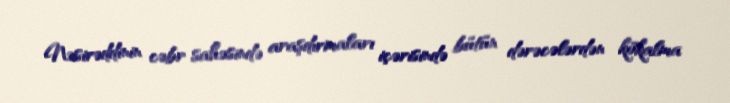
Nəsirəddinin cəbr sahəsində araşdırmaları içərisində bütün dərəcələrdən kökalma